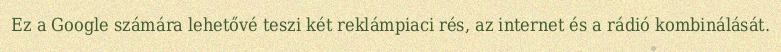
Ez a Google számára lehetővé teszi két reklámpiaci rés, az internet és a rádió kombinálását.